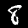
Digit: 8